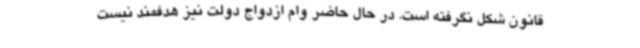
قانون شکل نگرفته است. در حال حاضر وام ازدواج دولت نیز هدفمند نیست